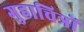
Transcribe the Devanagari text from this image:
गुहाचित्रों